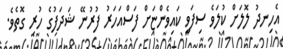
އެހިނދު ލޮލަށް ކުލަވެ ސިފަވީ ކައިވެންޏަށް ފަސްއަހަރު ފުރުނޭ ޝަދަފުގެ ހުރި ގޮތެވެ.